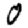
Digit: 0